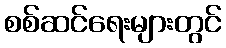
စစ်ဆင်ရေးများတွင်